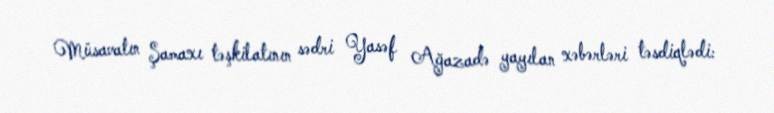
Müsavatın Şamaxı təşkilatının sədri Yasəf Ağazadə yayılan xəbərləri təsdiqlədi: